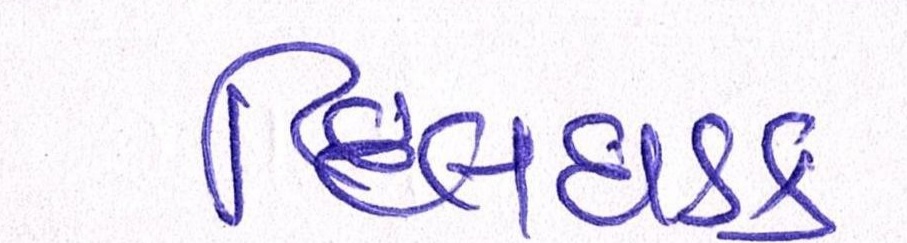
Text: દિલધડક